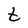
Character: t